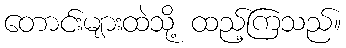
တောင်းများထဲသို့ ထည့်ကြသည်။